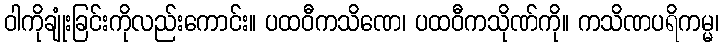
ဝါကိုချုံးခြင်းကိုလည်းကောင်း။ ပထဝီကသိဏေ၊ ပထဝီကသိုဏ်ကို။ ကသိဏပရိကမ္မ၊